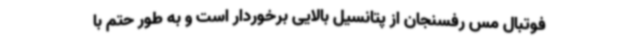
فوتبال مس رفسنجان از پتانسیل بالایی برخوردار است و به طور حتم با